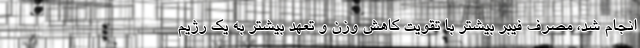
انجام شد، مصرف فیبر بیشتر با تقویت کاهش وزن و تعهد بیشتر به یک رژیم